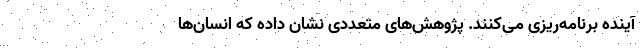
آینده برنامه‌ریزی می‌کنند. پژوهش‌های متعددی نشان داده که انسان‌ها